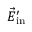
\vec { E } _ { \mathrm { i n } } ^ { \prime }